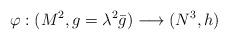
LaTeX: \begin{align*} \varphi : (M^{2}, g=\lambda^2{\bar g}) \longrightarrow(N^3,h)\end{align*}